Leaving Certificate Examination, 1913
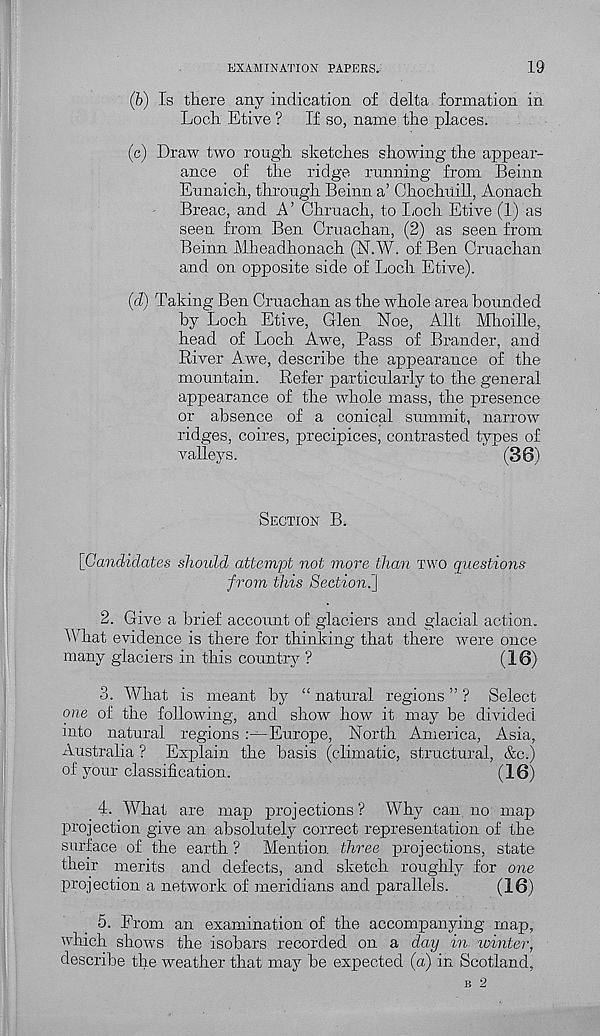
EXAMINATION PAPERS.
19
(b) Is tHere any indication of delta formation in
Locli Etive ? If so, name the places.
(c) Draw two rough sketches showing the appear-
ance of the ridge running from Beinn
Eunaich, through Beinn a’ Chochuill, Aonach
Breac, and A’ Ohruach, to Loch Etive (1) as
seen from Ben Cruachan, (2) as seen from
Beinn Mheadhonach (N.W. of Ben Cruachan
and on opposite side of Loch Etive).
(d) Taking Ben Cruachan as the whole area bounded
by Loch Etive, Glen Noe, Allt Mhoille,
head of Loch Awe, Pass of Brander, and
River Awe, describe the appearance of the
mountain. Refer particularly to the general
appearance of the whole mass, the presence
or absence of a conical summit, narrow
ridges, coires, precipices, contrasted types of
valleys.
(36)
SECTION B.
[Candidates should attempt not more than TWO questions
from this Section.}
2. Give a brief account of glaciers and glacial action.
IV hat evidence is there for thinking that there were once
many glaciers in this country ?
(16)
3. What is meant by “ natural regions ” ? Select
one of the following, and show how it may be divided
into natural regionsEurope, North America, Asia,
Australia ? Explain the basis (climatic, structural, &c.)
of your classification.
(16)
4. What are map projections? Why can no map
projection give an absolutely correct representation of the
surface of the earth? Mention three projections, state
their merits and defects, and sketch roughly for one
projection a network of meridians and parallels.
(16)
5. From an examination of the accompanying map,
which shows the isobars recorded on a day in winter,
describe the weather that may be expected (a) in Scotland,